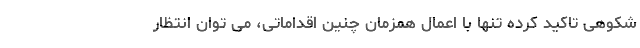
شکوهی تاکید کرده تنها با اعمال همزمان چنین اقداماتی، می توان انتظار